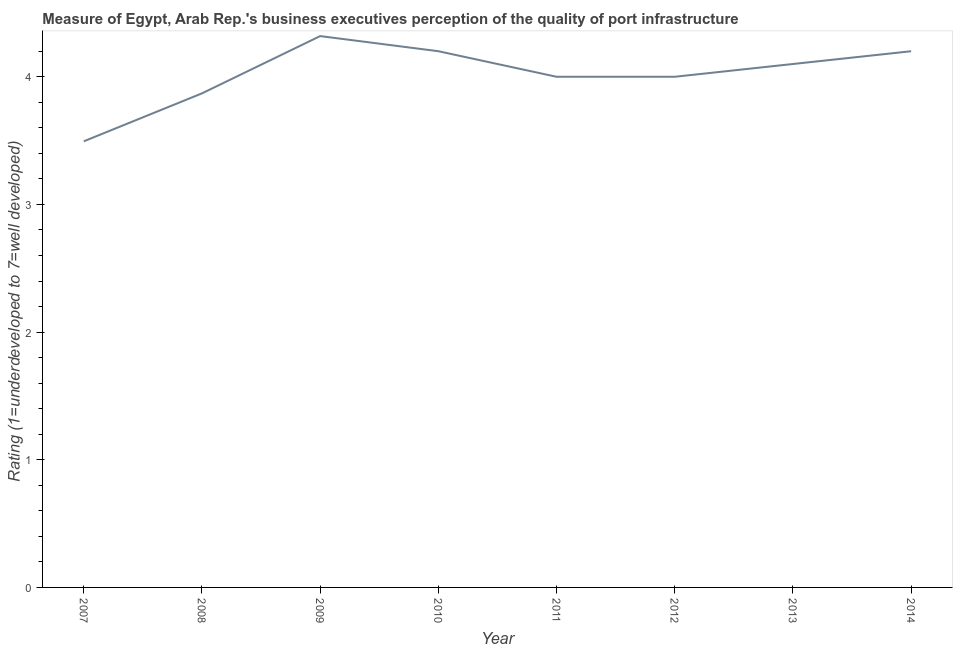
| Year | Quality of port infrastructure |
 | --- | --- |
 | 2007 | 3.49 |
 | 2008 | 3.87 |
 | 2009 | 4.32 |
 | 2010 | 4.2 |
 | 2011 | 4 |
 | 2012 | 4 |
 | 2013 | 4.1 |
 | 2014 | 4.2 |